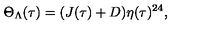
\Theta _ { \Lambda } ( \tau ) = ( J ( \tau ) + D ) \eta ( \tau ) ^ { 2 4 } ,